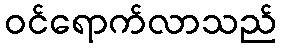
ဝင်ရောက်လာသည်